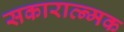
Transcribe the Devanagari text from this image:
सकारात्न्मक